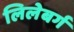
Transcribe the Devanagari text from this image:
लिलेबर्ग